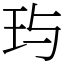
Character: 玙